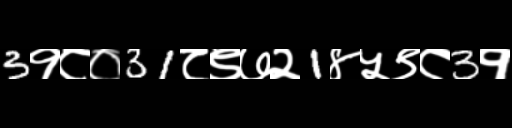
Text: 3१८०31८९७२1४५९८3१